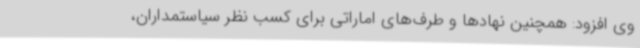
وی افزود: همچنین نهادها و طرف‌های اماراتی برای کسب نظر سیاستمداران،